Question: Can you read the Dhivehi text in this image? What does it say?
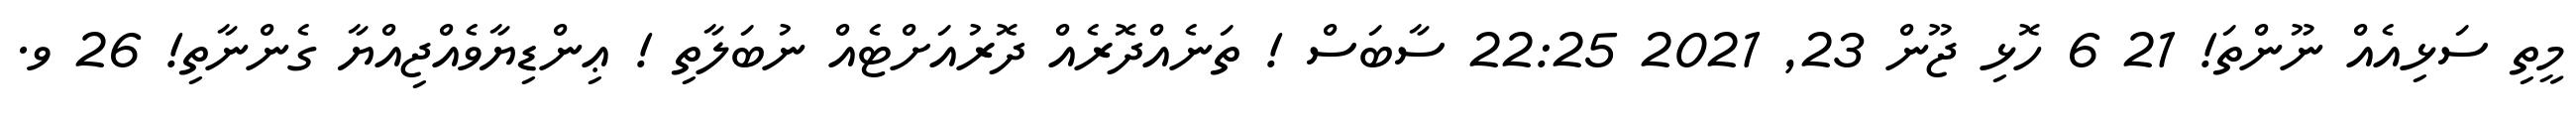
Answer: މީތި ސަޅިއެއް ނޫންތަ! 21 6 ހޮޅި ޖޫން 23, 2021 22:25 ސާބަސް ! ތަނެއްދޮރެއް ދޮރުއަށްޓެއް ނުބަލާތި ! ޢިންޑިޔާވެއްޖިއްޔާ ގެންނާތި! 26 ވ.